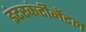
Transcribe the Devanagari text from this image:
इंटरकंटीनेंटल